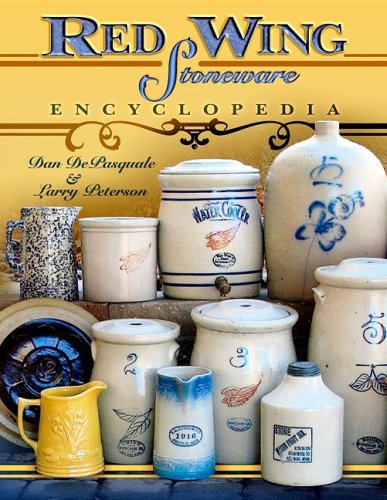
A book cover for Red Wing Stoneware Encyclopedia; Dan DePasquale; Crafts, Hobbies & Home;